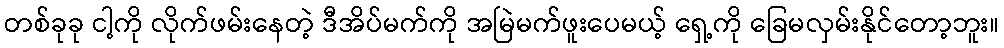
တစ်ခုခု ငါ့ကို လိုက်ဖမ်းနေတဲ့ ဒီအိပ်မက်ကို အမြဲမက်ဖူးပေမယ့် ရှေ့ကို ခြေမလှမ်းနိုင်တော့ဘူး။